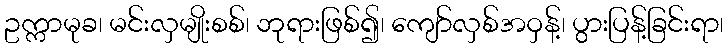
ဥက္ကာမုခ၊ မင်းလှမျိုးစစ်၊ ဘုရားဖြစ်၍၊ ကျော်လှစ်အဝှန့်၊ ပွားပြန့်ခြင်းရာ၊